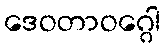
ဒေဝတာဝဂ္ဂေါ